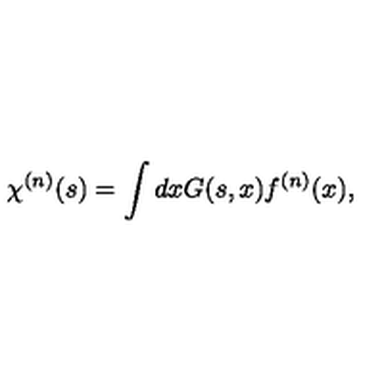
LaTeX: \chi ^ { ( n ) } ( s ) = \int d x G ( s , x ) f ^ { ( n ) } ( x ) ,